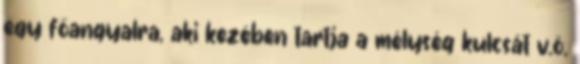
egy főangyalra, aki kezében tartja a mélység kulcsát v.ö.